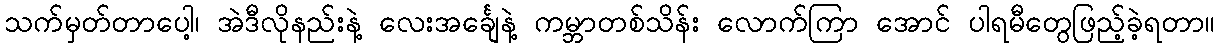
သက်မှတ်တာပေါ့၊ အဲဒီလိုနည်းနဲ့ လေးအင်္ချေနဲ့ ကမ္ဘာတစ်သိန်း လောက်ကြာ အောင် ပါရမီတွေဖြည့်ခဲ့ရတာ။